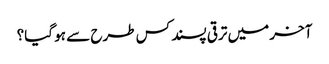
آخر میں ترقی پسند کس طرح سے ہو گیا؟